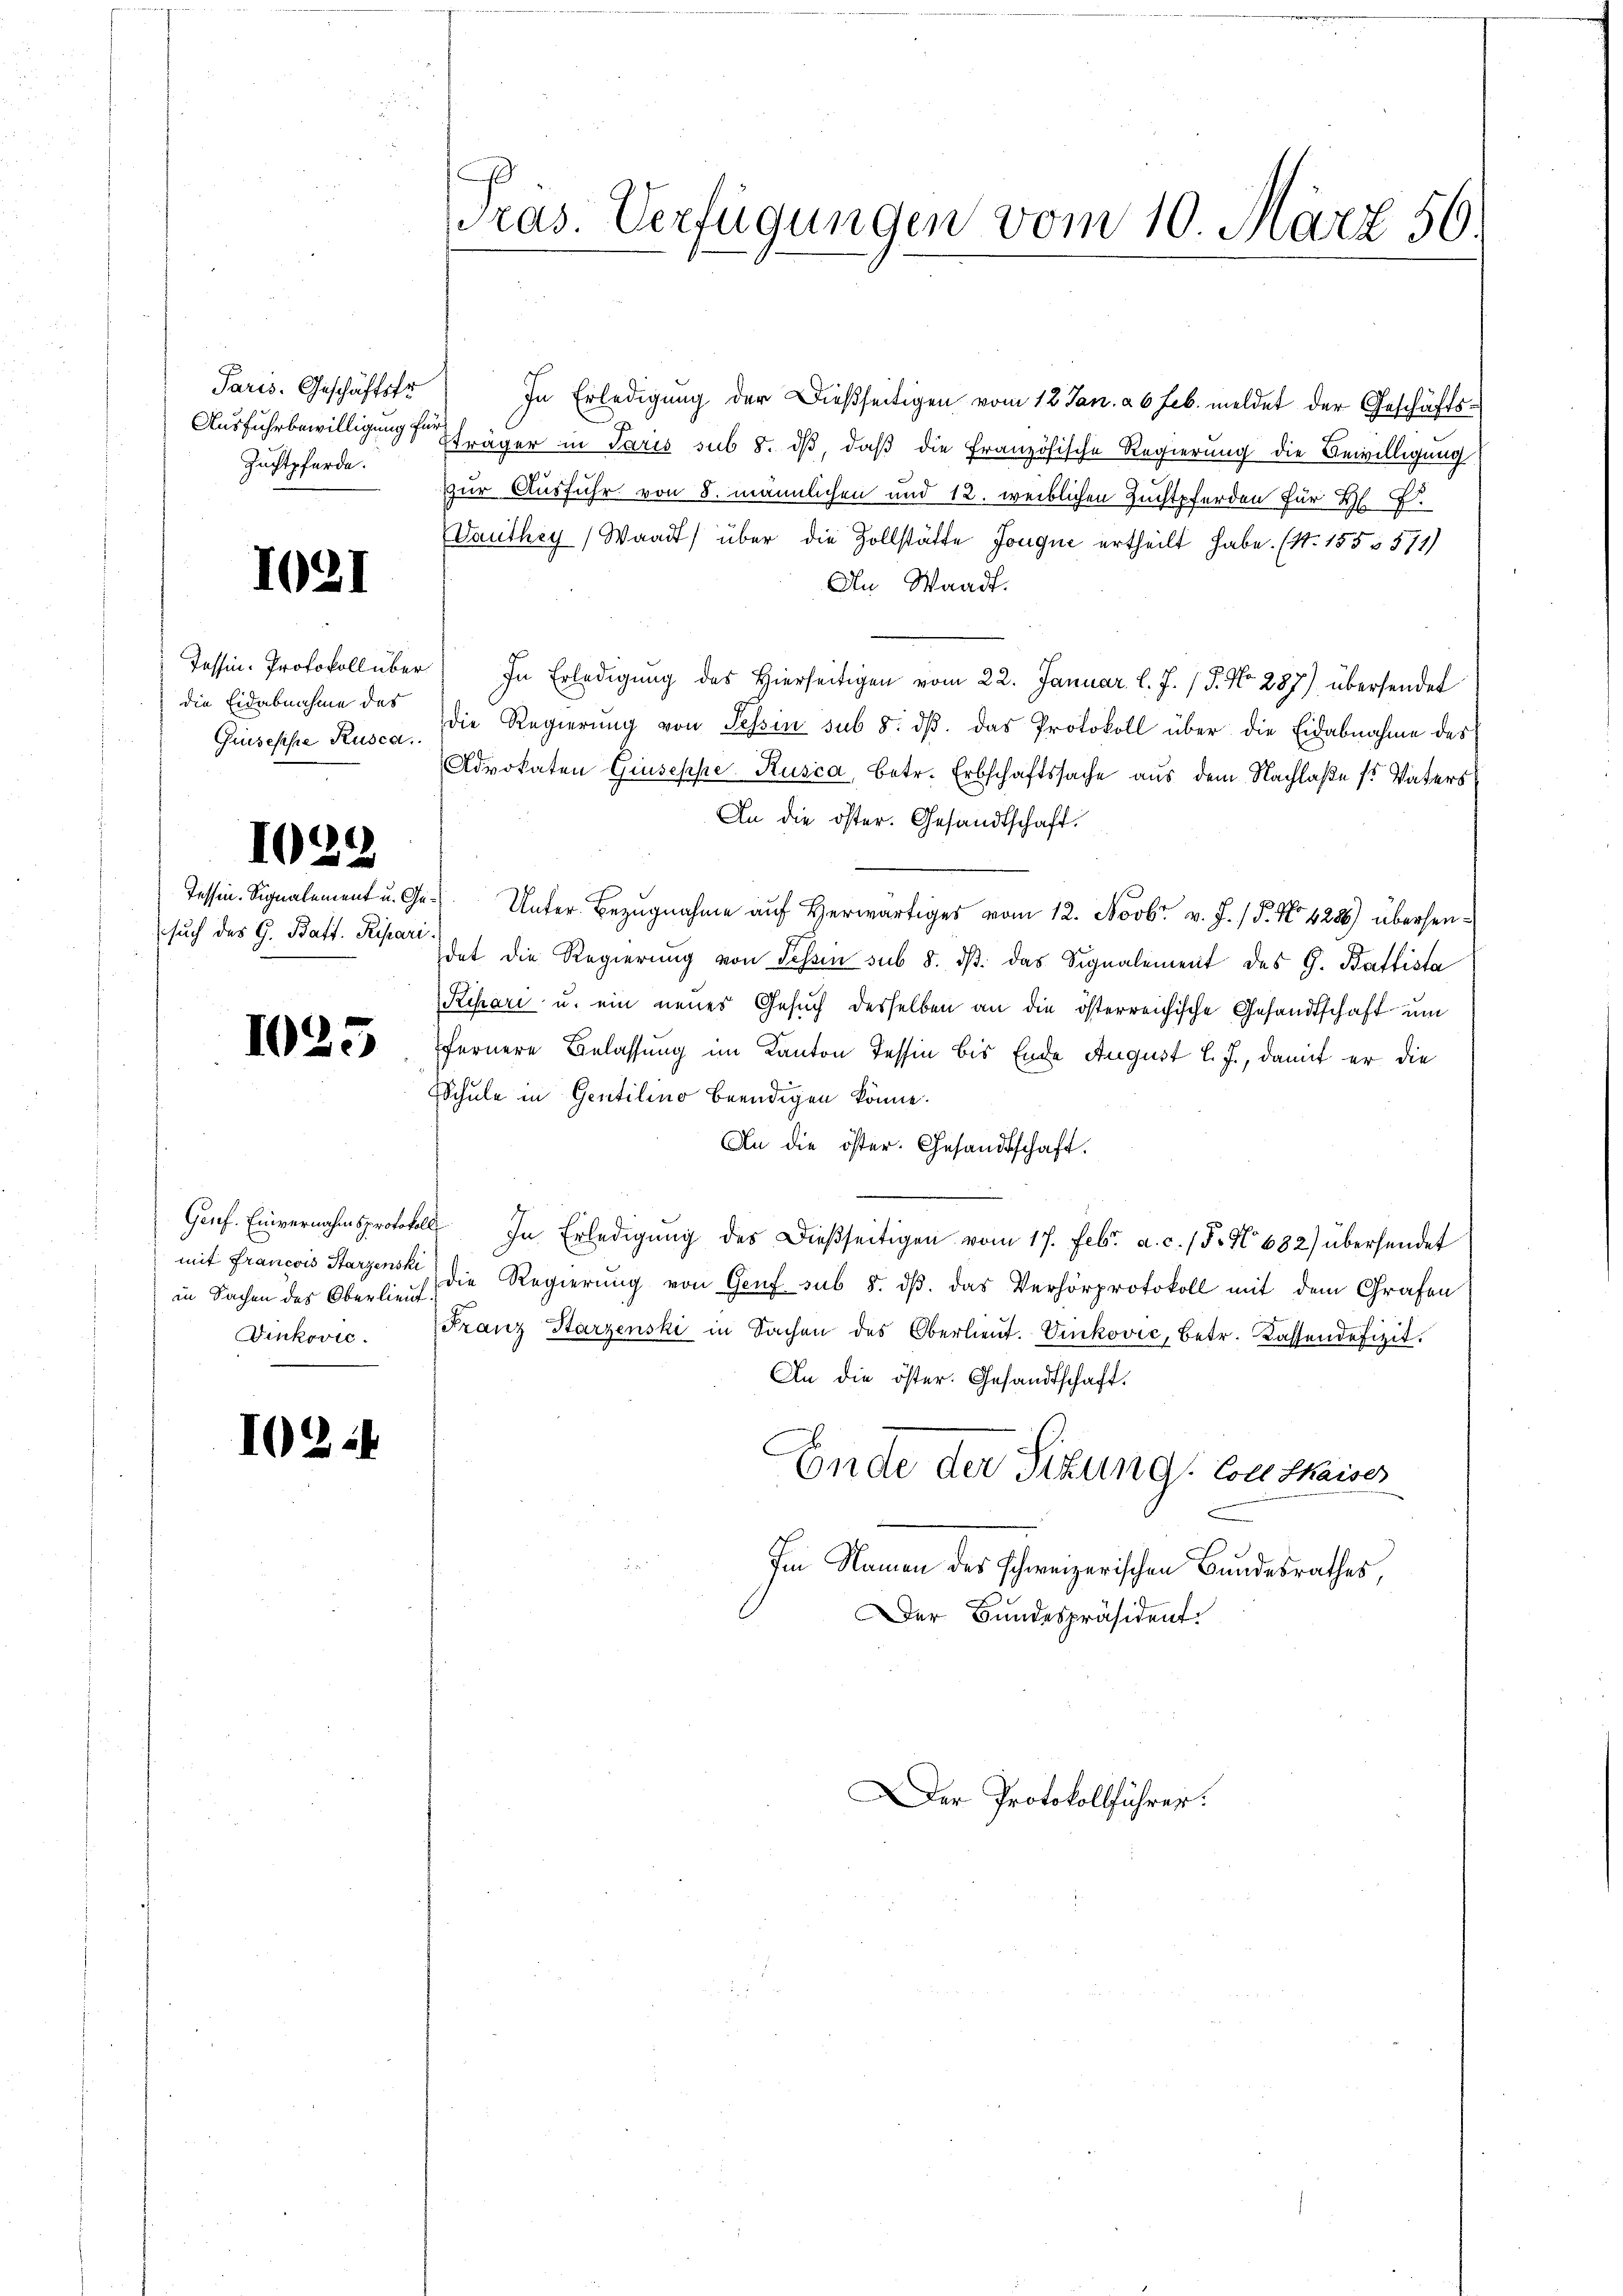
Paris. Geschäftsfr
Ausfuhrbewilligung fü
Zuchtpferde.

1021

Tessin. Protokoll über.
die Eidabnahme des
Guisesse Rusca.

I022

Tessin. Signalement u. Ge
such des G. Batt. Repari

1025

Genf. Einvernahmsprotokoll
mit Francois Starzenski
in Sachen des Oberlieut.
Vinković.

10244

.
ras. Verfügungen vom 10. März 56.

In Erledigung der dießseitigen vom 12. Jan. à 6 Feb. meldet der Geschäfts¬
Tträger in Paris sub 8. dβ, daß die Französische Regierung die Bewilligung
zur Ausfuhr von 8. männlichen und 12. weiblichen Zuchtpferden für H.
Dauthey) Waadt) über die Zollstätte Jonque ertheilt habe. (N. 155 & 571)
An Waadt.
In Erledigung des Hierseitigen vom 22. Januar l. J. P. No 287) übersendet
die Regierŭng von Tessin sub 8. dβ. das Protokoll über die Eidabnahme des
Advokaten Giuseppe Rusca, betr. Erbschaftssache aus dem Nachlaße ss Vaters
An die öster. Gesandtschaft.
Unter Bezugnahme auf Herwärtiges vom 12. Novbr. v. J. P. No 4286) übersendet die Regierŭng von Schein sub 8. dβ das Signalement des G. Ballista
Kihari u. ein neues Gesuch desselben an die österreichische Gesandtschaft um
fernere Belassung im Kanton Tessin bis Ende August l. J., damit er die
Schule in Gentilino beendigen könne.
An die öster. Gesandtschaft.
In Erledigŭng des Dießseitigen vom 17. Febr. a. c. 15. No 682) übersendet
die Regierung von Genf sub 5. dβ. das Verhörprotokoll mit dem Grafen
Franz Starzenski in Sachen des Oberlieŭt. Vinković, betr. Kassendefizit.
An die öster. Gesandtschaft.
Ende der Sitzung von Thaiser
Im Namen des schweizerischen Bundesrathes
Der Bundespräsident.
Der Protokollführer: